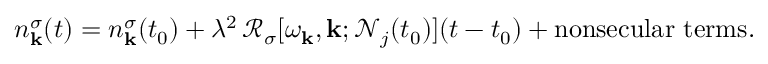
n _ { \mathbf { k } } ^ { \sigma } ( t ) = n _ { \mathbf { k } } ^ { \sigma } ( t _ { 0 } ) + \lambda ^ { 2 } \, \mathcal { R } _ { \sigma } [ \omega _ { \mathbf { k } } , \mathbf { k } ; \mathcal { N } _ { j } ( t _ { 0 } ) ] ( t - t _ { 0 } ) + \mathrm { n o n s e c u l a r ~ t e r m s } .